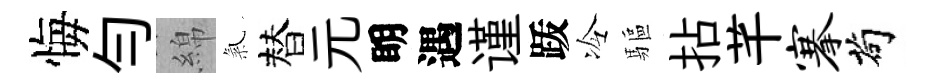
悔勻綿氣替元眀遇谨䟦冷驅拈芊搴茍